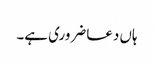
ہاں دعا ضروری ہے۔